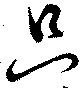
只